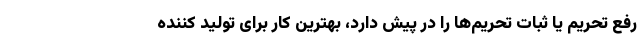
رفع تحریم یا ثبات تحریم‌ها را در پیش دارد، بهترین کار برای تولید کننده